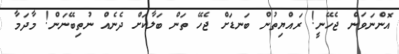
އޮންނަވަން ޖެހޭނީ! ރައްޔިތުން ބަނޑަށް ޖެހޭ ތަން ބަލާކަށް ދެނެއް ނުތިބޭނަން! މާދަމާ